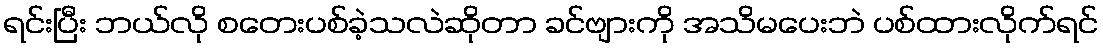
ရင်းပြီး ဘယ်လို စတေးပစ်ခဲ့သလဲဆိုတာ ခင်ဗျားကို အသိမပေးဘဲ ပစ်ထားလိုက်ရင်